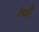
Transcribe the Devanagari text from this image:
रेन्जी